Indian journal of veterinary science and animal husbandry - Volume 8,
Year: 1938
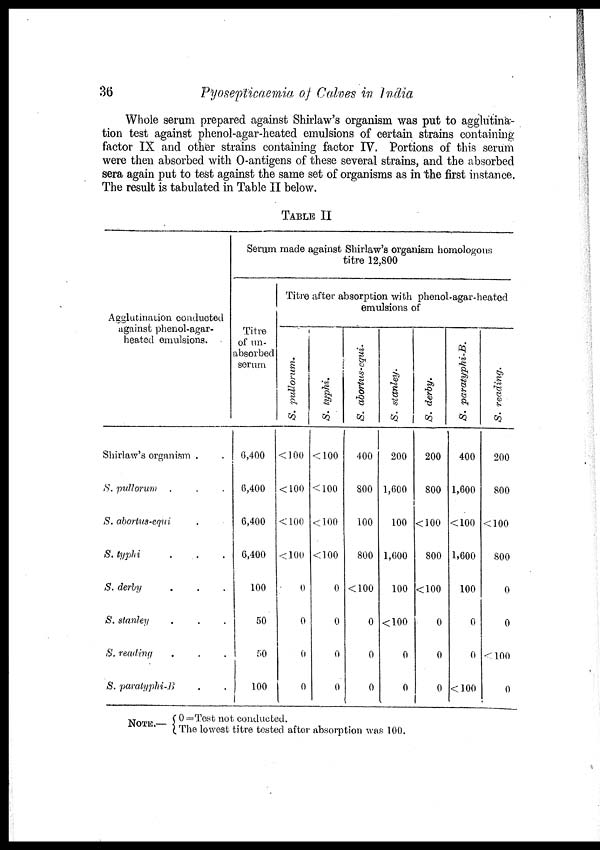
36
Pyosepticaemia of Calves in India
Whole serum prepared against Shirlaw's organism was put to agglutina-
tion test against phenol-agar-heated emulsions of certain strains containing
factor IX and other strains containing factor IV. Portions of this serum
were then absorbed with O-antigens of these several strains, and the absorbed
sera again put to test against the same set of organisms as in the first instance.
The result is tabulated in Table II below.
TABLE II
Agglutination conducted
against phenol-agar-
heated emulsions.
Shirlaw's organism . .
S. pullorum . . .
S. abortus-equi .
S. typhi . . .
S. derby . . .
S. Stanley . . .
S. reading . . .
S. paratyphi-B . .
Serum made against Shirlaw's organism homologous
titre 12,800
Titre
of un¬
absorbed
serum
6,400
6,400
6,400
6,400
100
50
50
100
Titre after absorption with phenol-agar-heated
emulsions of
S. pullorum.
< 100
< 100
< 100
< 100
0
0
0
0
S. typhi.
< 100
< 100
< 100
< 100
0
0
0
0
S. abortus-equi
400
800
100
800
< 100
0
0
0
S. Stanley.
200
1,600
100
1,600
100
< 100
0
0
S. derby.
200
800
< 100
800
< 100
0
0
0
S. paratyphi-B.
400
1,600
< 100
1,600
100
0
0
< 100
S. reading.
200
800
<100
800
0
0
< 100
0
NOTE.—
0 =Test not conducted.
The lowest titre tested after absorption was 100.